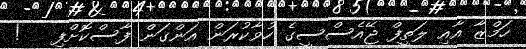
ހަމްޒާ އާއި ލަތީފް ޖޭއެސްސީގެ ހުވާކުރަން އަންގަން ފާސްކޮށްފި   !